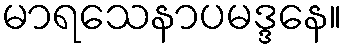
မာရသေနာပမဒ္ဒနေ။